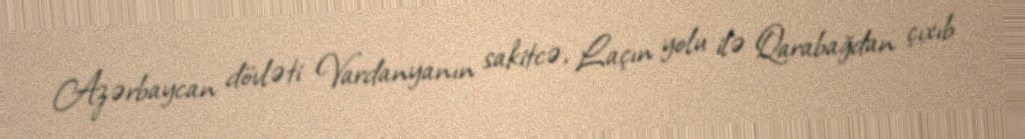
Azərbaycan dövləti Vardanyanın sakitcə, Laçın yolu ilə Qarabağdan çıxıb